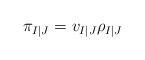
LaTeX: \begin{align*}\pi_{I|J}=v_{I|J}\rho_{I|J}\end{align*}